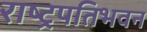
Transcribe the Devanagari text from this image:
राष्ट्रपतिभवन